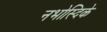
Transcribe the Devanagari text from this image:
नभोस्दिके